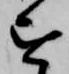
を